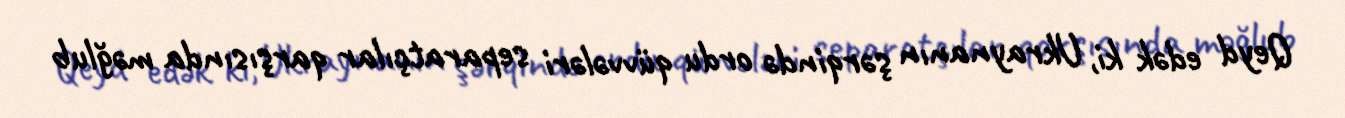
Qeyd edək ki, Ukraynanın şərqində ordu qüvvələri separatçılar qarşısında məğlub